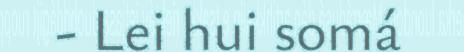
- Lei hui somá